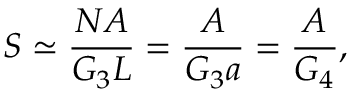
{ \cal S } \simeq \frac { N A } { G _ { 3 } L } = \frac { A } { G _ { 3 } a } = \frac { A } { G _ { 4 } } ,